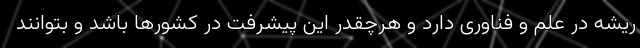
ریشه در علم و فناوری دارد و هرچقدر این پیشرفت در کشورها باشد و بتوانند